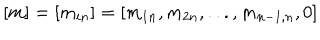
LaTeX: [ m ] = [ m _ { i n } ] = [ m _ { 1 n } , m _ { 2 n } , . . . , m _ { { n - 1 } , n } , 0 ]